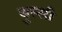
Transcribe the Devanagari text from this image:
बुस्सी